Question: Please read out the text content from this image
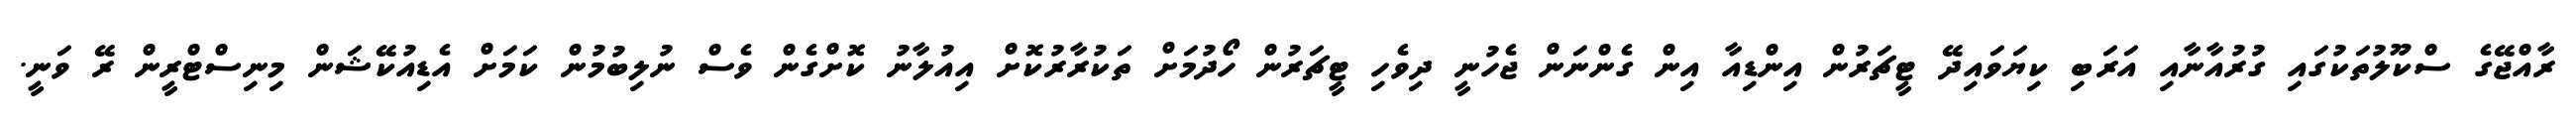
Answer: ރާއްޖޭގެ ސްކޫލުތަކުގައި ގުރުއާނާއި އަރަބި ކިޔަވައިދޭ ޓީޗަރުން އިންޑިއާ އިން ގެންނަން ޖެހުނީ ދިވެހި ޓީޗަރުން ހޯދުމަށް ތަކުރާރުކޮށް އިއުލާނު ކޮށްގެން ވެސް ނުލިބުމުން ކަމަށް އެޑިއުކޭޝަން މިނިސްޓްރީން ރޭ ވަނީ.